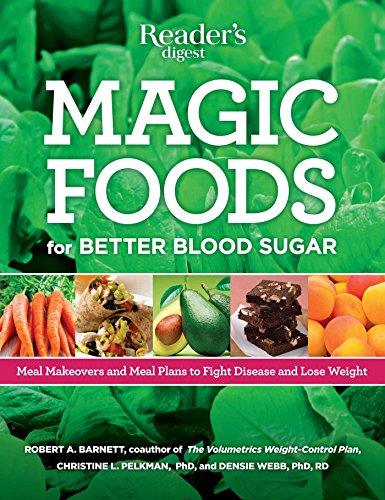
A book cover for Magic Foods: Simple Changes You Can Make to Supercharge Your Energy, Lose Weight and Live Longer; Robert A. Barnett; Health, Fitness & Dieting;